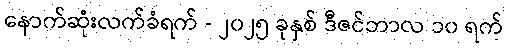
နောက်ဆုံးလက်ခံရက် - ၂၀၂၅ ခုနှစ် ဒီဇင်ဘာလ ၁၀ ရက်